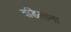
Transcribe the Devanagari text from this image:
वडिलोना